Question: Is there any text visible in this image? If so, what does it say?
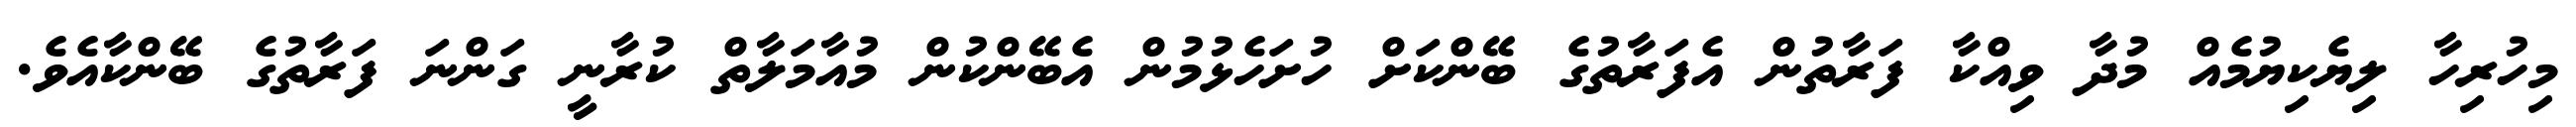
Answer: މިހުރިހާ ލިޔެކިޔުމެއް މުދާ ވިއްކާ ފަރާތުން އެފަރާތުގެ ބޭންކަށް ހުށަހެޅުމުން އެބޭންކުން މުއާމަލާތް ކުރާނީ ގަންނަ ފަރާތުގެ ބޭންކާއެވެ.